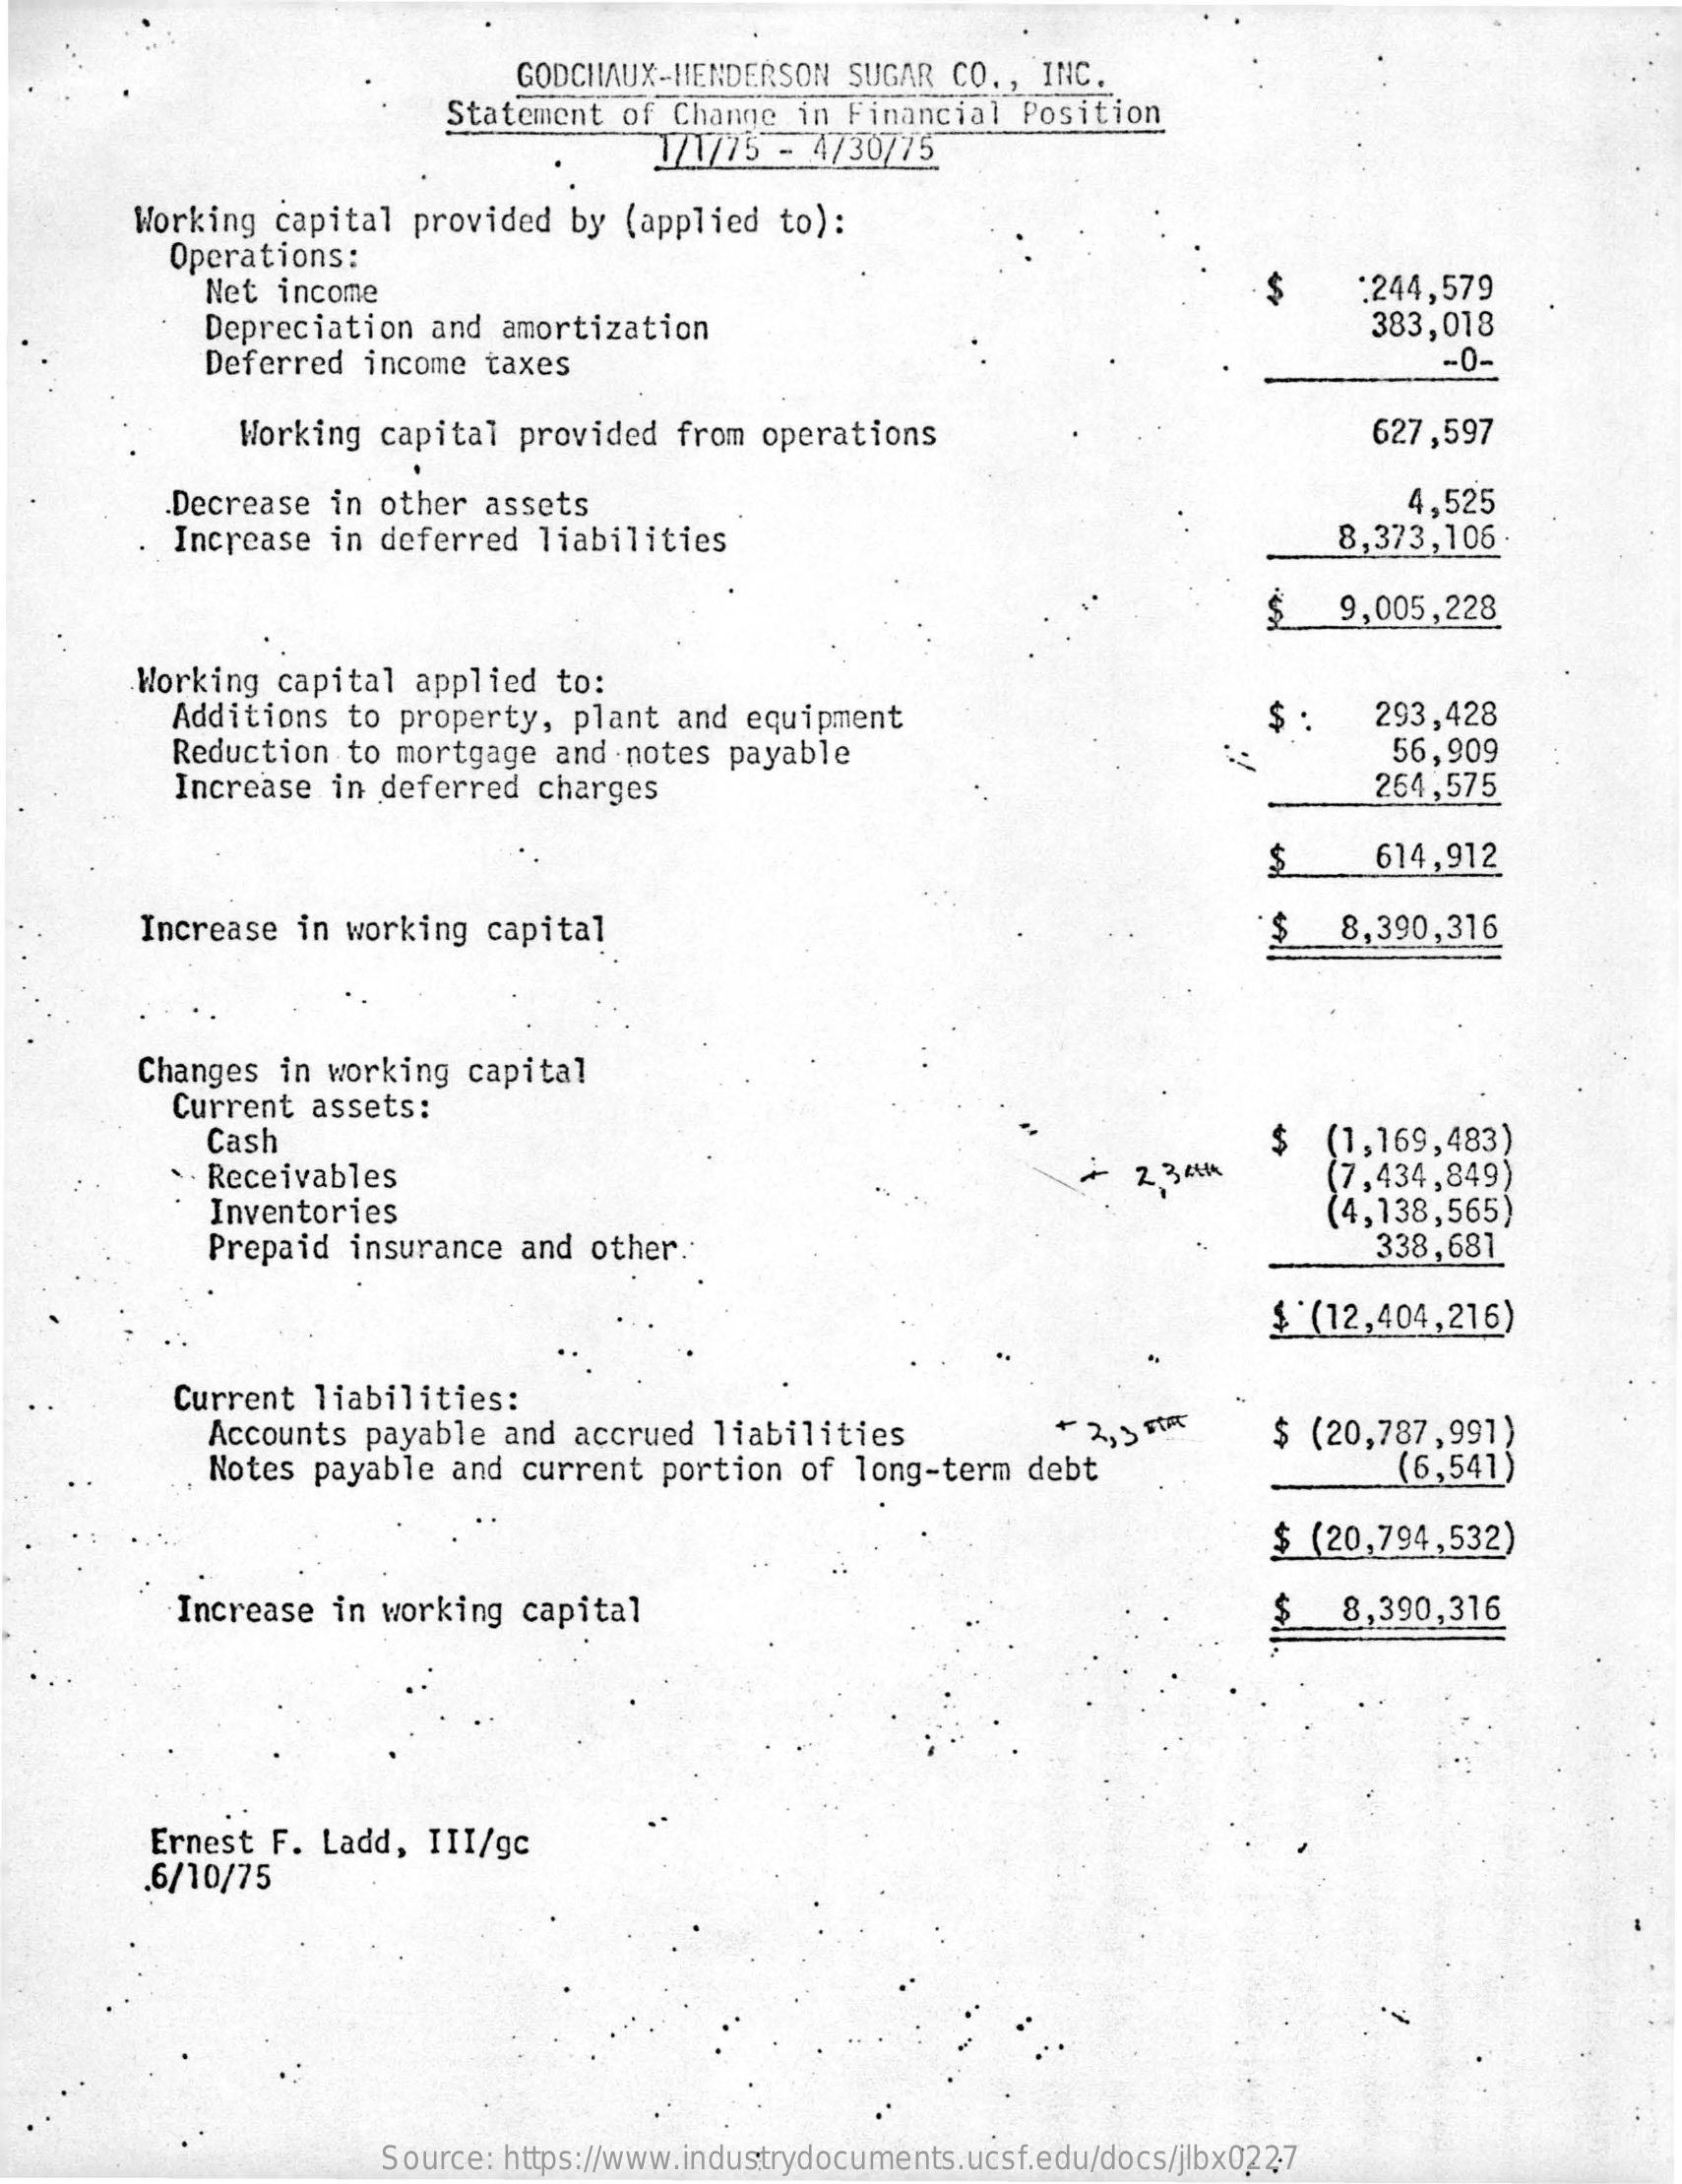
GODCHAUX-HENDERSON    SUGAR CO ., INC.
     Statement  of Change  in Financial   Position
     1/1/75  - 4730775
     Working capital  provided   by (applied  to):
     Operations:
     Net  income    :244,579
     Depreciation   and amortization    383,018
     Deferred  income  taxes    -0-
     Working capital  provided  from  operations    627,597
     Decrease  in other  assets    4,525
     Increase  in deferred  liabilities    8,373,106.
     9,005,228
     Working capital  applied   to:
     Additions  to property,   plant and  equipment    293,428
     Reduction  to mortgage   and notes  payable
     $:
     56,909
     Increase  in deferred  charges    264,575
     $    614,912
     Increase  in working  capital    8,390,316
     Changes  in working  capital
     Current  assets:
     Cash    (1,169,483)
     · · Receivables
     $
     Inventories
     -  2, 34TH    (7,434,849)
     Prepaid  insurance  and  other.
     (4,138,565)
     338,681
     $ (12,404,216)
     Current  liabilities:
     Accounts payable  and  accrued  liabilities
     Notes  payable  and current  portion  of  long-term  debt
     $ (20,787,991)
     (6,541)
     $ (20,794,532)
     Increase  in working  capital    8,390,316
     Ernest F. Ladd,  III/gc
     .6/10/75
     Source: https://www.industrydocuments.ucsf.edu/docs/jlbx0227